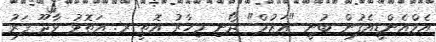
އެމްއެންޑީއެފުން ބުނީ "އަޒުމް" ދޯނި މިހާރު އޮތީ ރ. އަތޮޅު ވާދޫ ފަރު